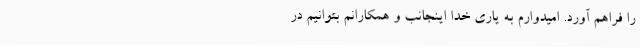
را فراهم آورد. امیدوارم به یاری خدا اینجانب و همکارانم بتوانیم در